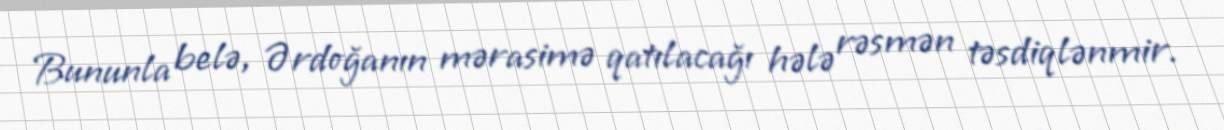
Bununla belə, Ərdoğanın mərasimə qatılacağı hələ rəsmən təsdiqlənmir.